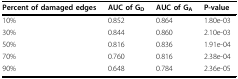
| Percent of damaged edges | AUC of GD | AUC of GA | P-value |
 | --- | --- | --- | --- |
 | 10% | 0.852 | 0.864 | 1.80e-03 |
 | 30% | 0.844 | 0.860 | 2.10e-03 |
 | 50% | 0.816 | 0.836 | 1.91e-04 |
 | 70% | 0.760 | 0.816 | 2.38e-04 |
 | 90% | 0.648 | 0.784 | 2.36e-05 |